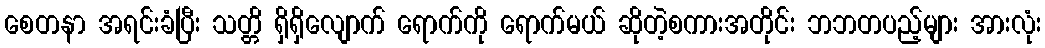
စေတနာ အရင်းခံပြီး သတ္တိ ရှိရှိလျောက် ရောက်ကို ရောက်မယ် ဆိုတဲ့စကားအတိုင်း ဘဘတပည့်များ အားလုံး